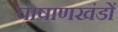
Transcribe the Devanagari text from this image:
पाषाणखंडों